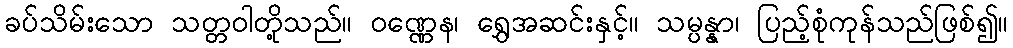
ခပ်သိမ်းသော သတ္တဝါတို့သည်။ ဝဏ္ဏေန၊ ရွှေအဆင်းနှင့်။ သမ္ပန္နာ၊ ပြည့်စုံကုန်သည်ဖြစ်၍။